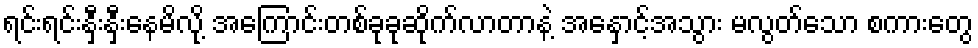
ရင်းရင်းနှီးနှီးနေမိလို့ အကြောင်းတစ်ခုခုဆိုက်လာတာနဲ့ အနှောင့်အသွား မလွတ်သော စကားတွေ